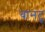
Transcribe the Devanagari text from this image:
बानटू